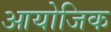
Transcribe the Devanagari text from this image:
आयोजिक